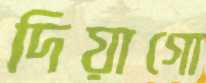
দিয়াগো